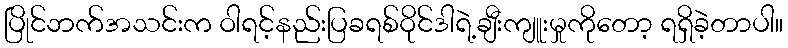
ပြိုင်ဘက်အသင်းက ဝါရင့်နည်းပြခရစ်ဝိုင်ဒါရဲ့ချီးကျူးမှုကိုတော့ ရရှိခဲ့တာပါ။